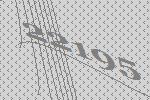
22195